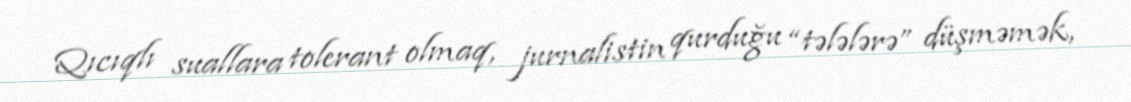
Qıcıqlı suallara tolerant olmaq, jurnalistin qurduğu “tələlərə” düşməmək,